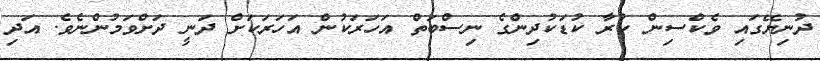
ދުނިޔޭގައި ވެކްސިން ކުރާ ކުޑަކުދިންގެ ނިސްބަތް އަހަރަކުން އަހަރަކަށް ދަނީ ދަށްވަމުންނެވެ. އަދި